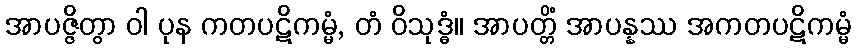
အာပဇ္ဇိတွာ ဝါ ပုန ကတပဋိကမ္မံ, တံ ဝိသုဒ္ဓံ။ အာပတ္တိံ အာပန္နဿ အကတပဋိကမ္မံ